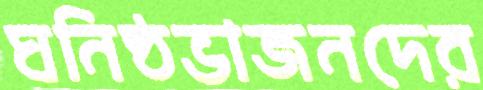
ঘনিষ্ঠভাজনদের